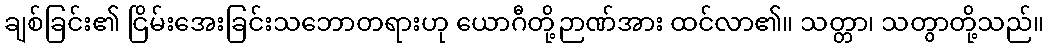
ချစ်ခြင်း၏ ငြိမ်းအေးခြင်းသဘောတရားဟု ယောဂီတို့ဉာဏ်အား ထင်လာ၏။ သတ္တာ၊ သတွာတို့သည်။